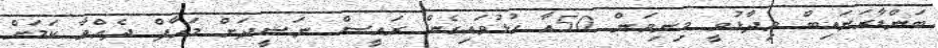
ބަންޑާރަނައިބް ވިދާޅުވީ މިނިވަން 50އާ ގުޅުވައިގެން ރައީސް ނަޝީދަށް މައާފް ދެއްވާ ކަމަށް